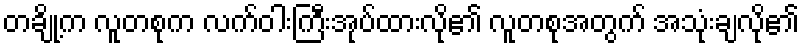
တချို့က လူတစုက လက်ဝါးကြီးအုပ်ထားလို၏ လူတစုအတွက် အသုံးချလို၏